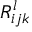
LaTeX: R _ { i j k } ^ { l }